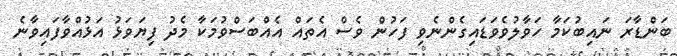
ބަންޑާރަ ނައިބުކަމާ ހަވާލުވެވަޑައިގެންނެވި ފަހުން ވެސް އެތައް އެއްބަސްވުމަކާ މެދު ފިޔަވަޅު އަޅުއްވާފައިވާނެ